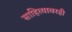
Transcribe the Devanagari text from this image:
साहित्यावरही